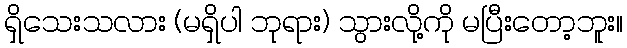
ရှိသေးသလား (မရှိပါ ဘုရား) သွားလို့ကို မပြီးတော့ဘူး။